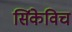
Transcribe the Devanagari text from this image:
सिंकेविच